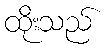
ထိုးသည်